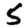
Digit: 5